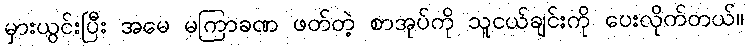
မှားယွင်းပြီး အမေ မကြာခဏ ဖတ်တဲ့ စာအုပ်ကို သူငယ်ချင်းကို ပေးလိုက်တယ်။